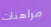
مراهنات